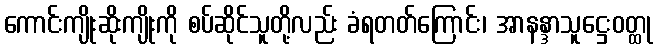
ကောင်းကျိုးဆိုးကျိုးကို စပ်ဆိုင်သူတို့လည်း ခံရတတ်ကြောင်း၊ အာနန္ဒာသူဋ္ဌေးဝတ္ထု